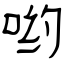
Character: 哟